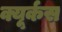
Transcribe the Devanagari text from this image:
क्यूर्कस